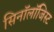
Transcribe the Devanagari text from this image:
सिनॉलॉजिस्ट